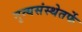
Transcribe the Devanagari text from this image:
नृत्यसंस्थेतर्फे